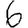
Digit: 6